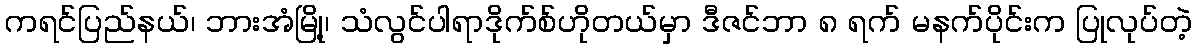
ကရင်ပြည်နယ်၊ ဘားအံမြို့၊ သံလွင်ပါရာဒိုက်စ်ဟိုတယ်မှာ ဒီဇင်ဘာ ၈ ရက် မနက်ပိုင်းက ပြုလုပ်တဲ့